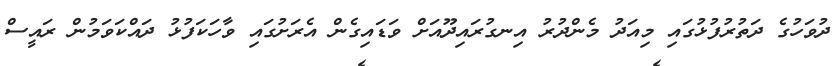
ދުވަހުގެ ދަތުރުފުޅުގައި މިއަދު މެންދުރު އިނގުރައިދޫއަށް ވަޑައިގެން އެރަށުގައި ވާހަކަފުޅު ދައްކަވަމުން ރައީސް